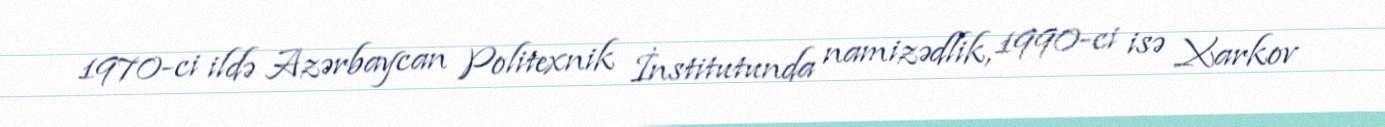
1970-ci ildə Azərbaycan Politexnik İnstitutunda namizədlik, 1990-ci isə Xarkov